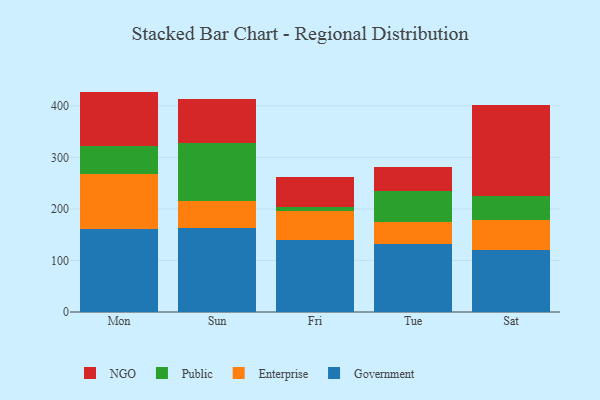
{"axis": {"x": "Day", "y": "Humidity (%)"}, "legend": ["Enterprise", "Government", "NGO", "Public"], "data": [{"x": "Mon", "y": 161.1, "type": "Government"}, {"x": "Mon", "y": 107.4, "type": "Enterprise"}, {"x": "Mon", "y": 53.0, "type": "Public"}, {"x": "Mon", "y": 106.2, "type": "NGO"}, {"x": "Sun", "y": 162.3, "type": "Government"}, {"x": "Sun", "y": 52.8, "type": "Enterprise"}, {"x": "Sun", "y": 113.6, "type": "Public"}, {"x": "Sun", "y": 85.1, "type": "NGO"}, {"x": "Fri", "y": 140.6, "type": "Government"}, {"x": "Fri", "y": 55.8, "type": "Enterprise"}, {"x": "Fri", "y": 6.5, "type": "Public"}, {"x": "Fri", "y": 60.0, "type": "NGO"}, {"x": "Tue", "y": 132.2, "type": "Government"}, {"x": "Tue", "y": 43.2, "type": "Enterprise"}, {"x": "Tue", "y": 59.6, "type": "Public"}, {"x": "Tue", "y": 47.3, "type": "NGO"}, {"x": "Sat", "y": 121.2, "type": "Government"}, {"x": "Sat", "y": 56.9, "type": "Enterprise"}, {"x": "Sat", "y": 47.6, "type": "Public"}, {"x": "Sat", "y": 175.4, "type": "NGO"}]}